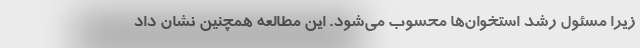
زیرا مسئول رشد استخوان‌ها محسوب می‌شود. این مطالعه همچنین نشان داد